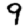
Digit: 9